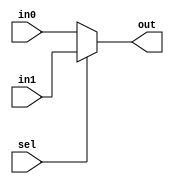
module mux_2X1
#(
parameter DATA_WIDTH = 1
)
(
input [DATA_WIDTH-1:0] in0 ,
input [DATA_WIDTH-1:0] in1 ,
input sel ,
output [DATA_WIDTH-1:0] out
);

assign out = (sel)?in1:in0 ;

endmodule